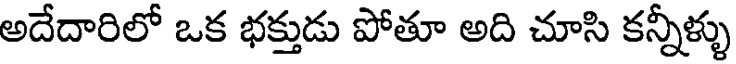
అదేదారిలో ఒక భక్తుడు పోతూ అది చూసి కన్నీళ్ళు